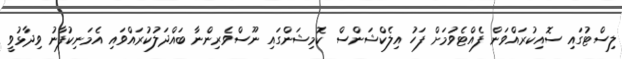
ލިސްޓުގައި ސޮއިކުރައްވަން ފެއްޓެވުމަށް ފަހު އިލެކްޝަންސް ކޮމިޝަންގައި ނޫސްވެރިންނާ ބައްދަލުކުރައްވައި އެމަނިކުފާނު ވިދާޅުވީ